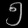
Digit: ၅